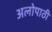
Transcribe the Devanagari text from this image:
अलोपाठी